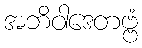
အဘိဝါဒေတဗ္ဗံ